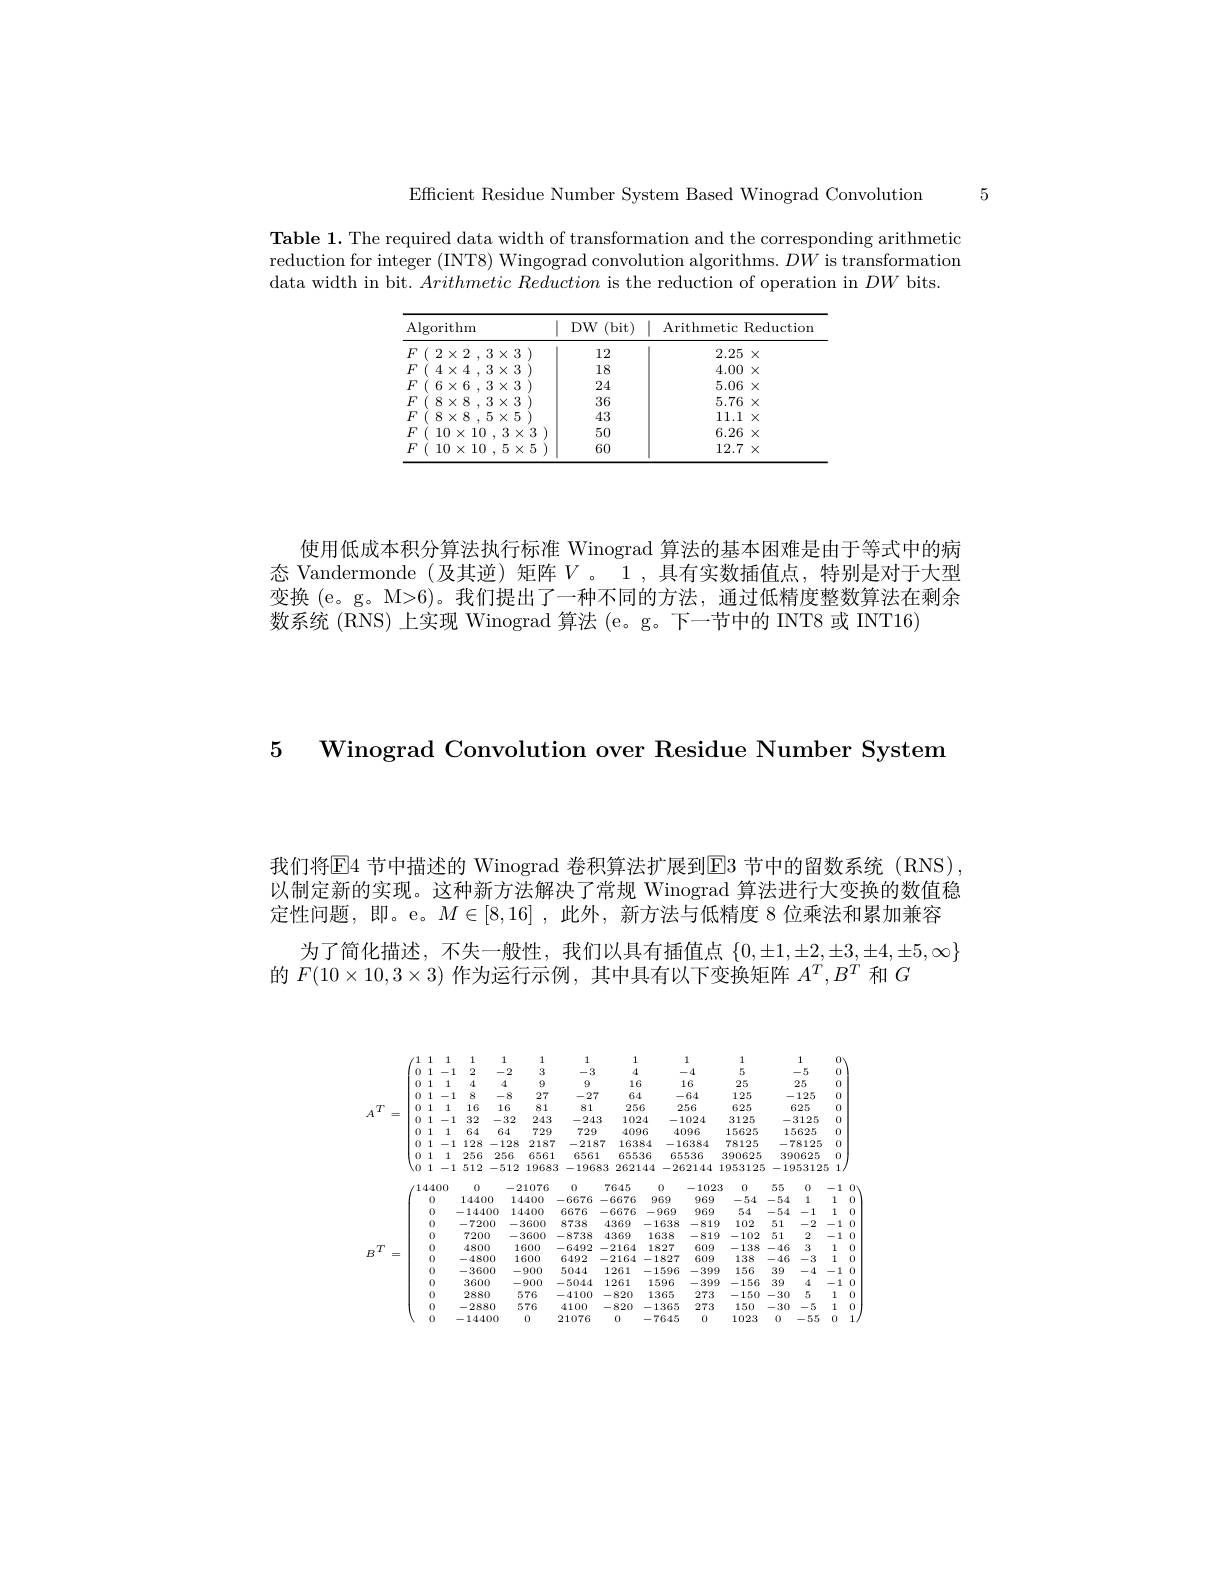
5

Efficient Residue Number System Based Winograd Convolution

Table 1. The required data width of transformation and the corresponding arithmetic reduction for integer (INT8) Wingograd convolution algorithms. $DW$ is transformation data width in bit. $Arithmetic\textit{Reduction is the reduction of operation in }DW$ bits

<table>
	<tbody>
		<tr>
			<th>Algo</th>
			<th> </th>
			<th>$bit)$ 1 </th>
			<th>Arithmetic</th>
			<th>Reduction</th>
		</tr>
		<tr>
			<td>$F$</td>
			<td>$\times3$</td>
			<td> </td>
			<td>2.25</td>
			<td>$X$</td>
		</tr>
		<tr>
			<td>$F$</td>
			<td>$\times3$</td>
			<td> </td>
			<td>4.00</td>
			<td>$X$</td>
		</tr>
		<tr>
			<td>$F$</td>
			<td>$\times3$</td>
			<td> </td>
			<td>5.06</td>
			<td>$X$</td>
		</tr>
		<tr>
			<td>$F$</td>
			<td>$\times3$</td>
			<td> </td>
			<td>5.76</td>
			<td>$X$</td>
		</tr>
		<tr>
			<td>$F$</td>
			<td>$\times5$</td>
			<td> </td>
			<td>11.1</td>
			<td>$X$</td>
		</tr>
		<tr>
			<td>$F$</td>
			<td>$3\times3$</td>
			<td> </td>
			<td>6.26</td>
			<td>$X$</td>
		</tr>
		<tr>
			<td>$F$</td>
			<td>$5\times5$</td>
			<td> </td>
			<td>12.7</td>
			<td>$X$</td>
		</tr>
	</tbody>
</table>

使用低成本积分算法执行标准 Winograd 算法的基本困难是由于等式中的病态 Vandermonde (及其逆) 矩阵$V$。1 ,具有实数插值点，特别是对于大型变换 (e。g。M>6)。我们提出了一种不同的方法，通过低精度整数算法在剩余数系统 (RNS) 上实现 Winograd 算法 (e。g。下一节中的 INT8 或 INT16)

5 Winograd Convolution over Residue Number System

我们将E4 节中描述的 Winograd 卷积算法扩展到E3 节中的留数系统 (RNS), 以制定新的实现。这种新方法解决了常规 Winograd 算法进行大变换的数值稳定性问题，即。e。$M\in[8,16]$ ,此外，新方法与低精度 8 位乘法和累加兼容
为了简化描述，不失一般性，我们以具有插值点$\{0,\pm1,\pm2,\pm3,\pm4,\pm5,\infty\}$
的$F(10\times10,3\times3)$作为运行示例，其中具有以下变换矩阵$A^T,B^T$和$G$

<FigureHere>